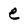
Character: e